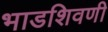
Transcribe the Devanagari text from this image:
भाडशिवणी